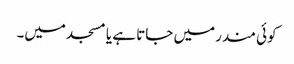
کوئی مندر میں جاتا ہے یا مسجد میں۔